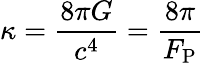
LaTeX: \kappa={\frac{8\pi G}{c^{4}}}={\frac{8\pi}{F_{\mathrm{P}}}}